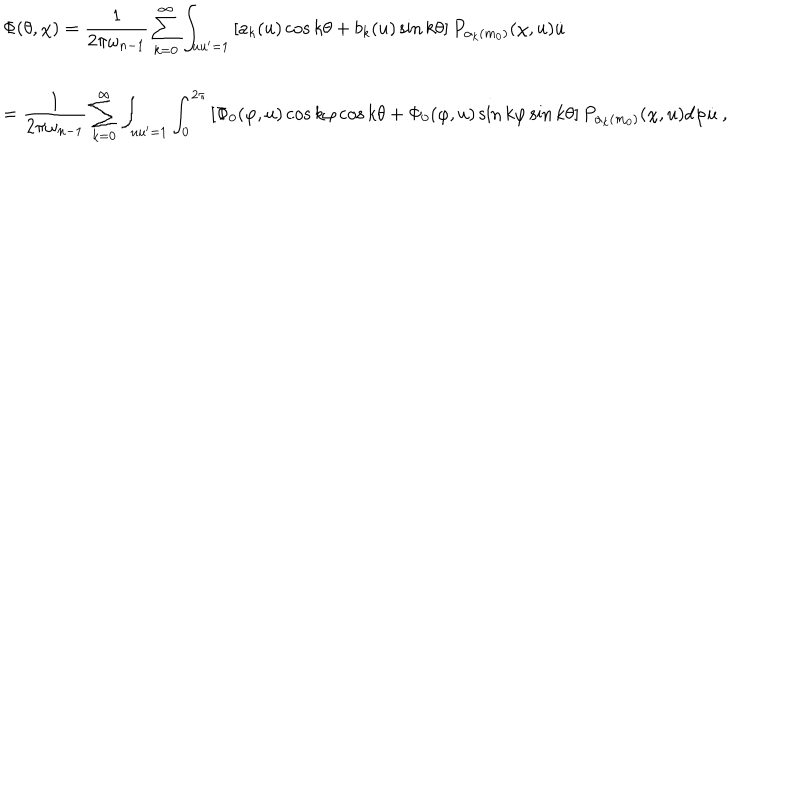
\begin{array} { l } { { \Phi ( \theta , \chi ) = \displaystyle \frac { 1 } { 2 \pi \omega _ { n - 1 } } \sum _ { k = 0 } ^ { \infty } \int _ { u u ^ { \prime } = 1 } \left[ a _ { k } ( u ) \cos k \theta + b _ { k } ( u ) \sin k \theta \right] P _ { \alpha _ { k } ( m _ { 0 } ) } ( \chi , u ) \dot { u } } } \\ { { = \displaystyle \frac { 1 } { 2 \pi \omega _ { n - 1 } } \sum _ { k = 0 } ^ { \infty } \int _ { u u ^ { \prime } = 1 } \int _ { 0 } ^ { 2 \pi } \left[ \Phi _ { 0 } ( \varphi , u ) \cos k \varphi \cos k \theta + \Phi _ { 0 } ( \varphi , u ) \sin k \varphi \sin k \theta \right] P _ { \alpha _ { k } ( m _ { 0 } ) } ( \chi , u ) d \varphi \dot { u } ~ , } } \\ \end{array}